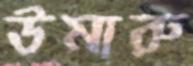
উমারু